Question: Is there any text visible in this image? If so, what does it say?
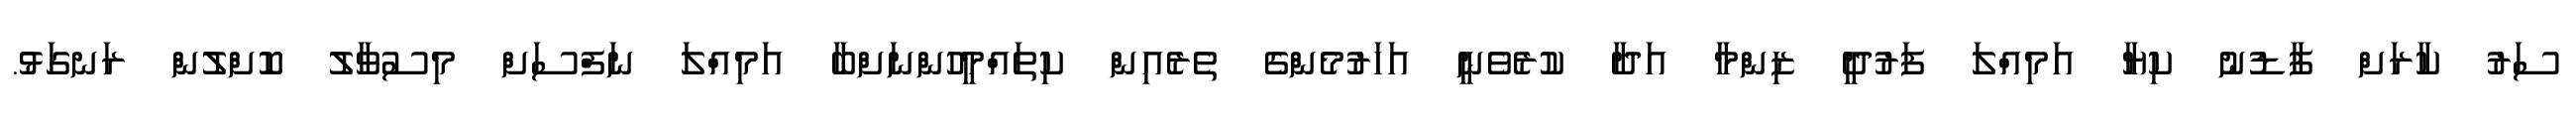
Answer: ސަރު ކާރަށް ފާޑުނު ކިޔާ އަމިއްލަ ފަރުދީ ޒިންމާ އަދާ ކުރެވެނީ އަހަރުމެންގެ ތެރެއިން ކިތައްމީހުންނަށްބާ އަމިއްލަ ނަފްސަށް މިސުވާލު ކޮށްލުން ރަނގަޅު.